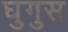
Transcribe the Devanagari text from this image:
घुगुस